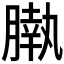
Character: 𣎖